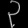
Digit: ၃